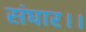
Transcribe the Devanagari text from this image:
संघार।।